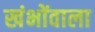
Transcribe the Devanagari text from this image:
खंभोंवाला